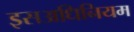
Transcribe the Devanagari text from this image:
इसअधिनियम